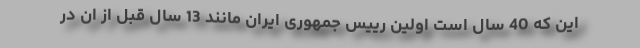
این که 40 سال است اولین رییس جمهوری ایران مانند 13 سال قبل از ان در